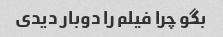
بگو چرا فیلم را دوبار دیدی